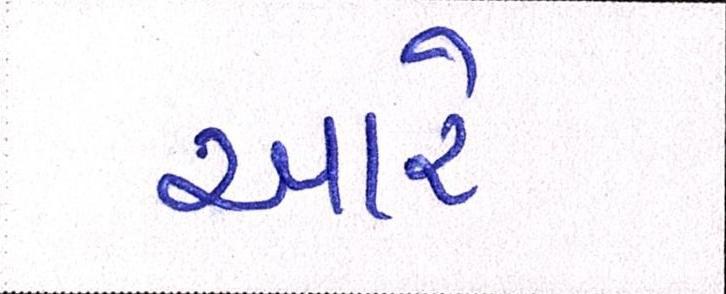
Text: આરે